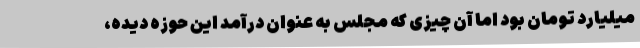
میلیارد تومان بود اما آن چیزی که مجلس به عنوان درآمد این حوزه دیده،